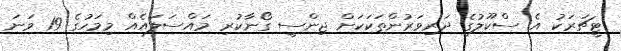
ޓީޗަރަކު އެ ސްކޫލުގެ ދަރިވަރުންތަކަކަށް ޖިންސީ ގޯނާކުރި މައްސަލައެއް މިމަހުގެ 19 ވަނަ